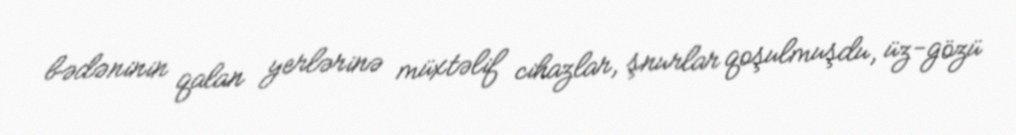
bədəninin qalan yerlərinə müxtəlif cihazlar, şnurlar qoşulmuşdu, üz-gözü